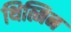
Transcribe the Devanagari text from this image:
थित्मिन